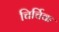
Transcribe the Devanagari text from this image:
चिर्चिक